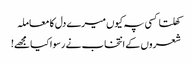
کھلتا کسی پہ کیوں میرے دل کا معاملہ
شعروں کے انتخاب نے رسوا کیا مجھے!